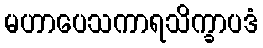
မဟာပေသကာရသိက္ခာပဒံ